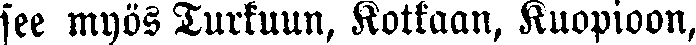
see myös Turkuun, Kotkaan, Kuopioon,